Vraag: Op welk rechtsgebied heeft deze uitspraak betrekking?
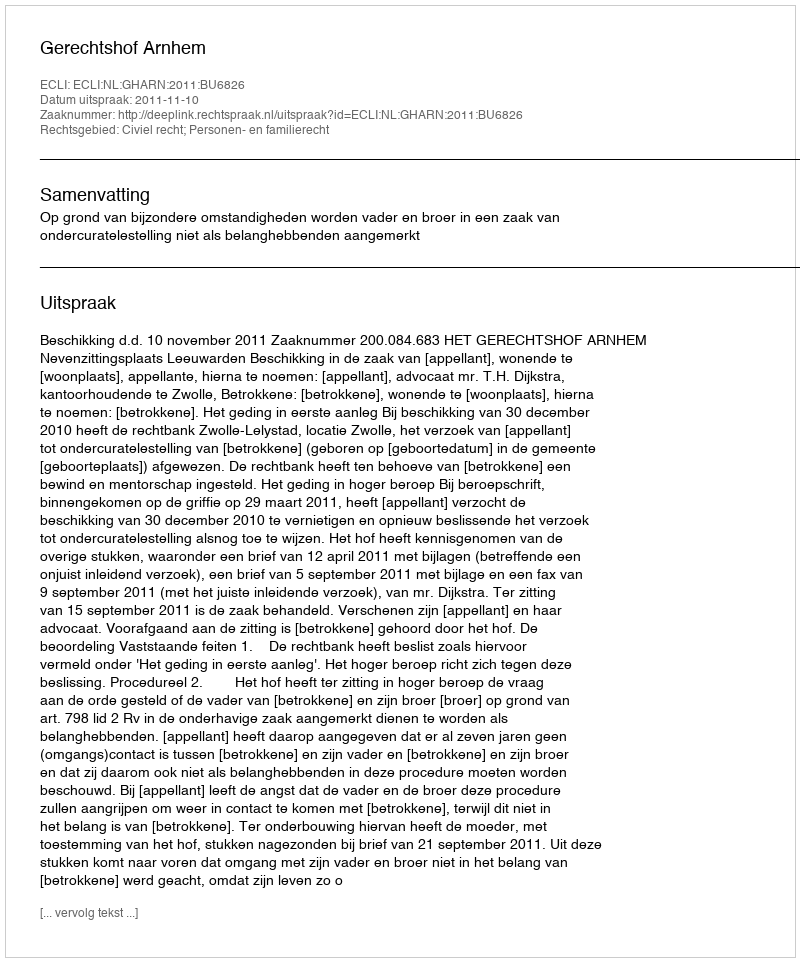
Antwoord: Civiel recht; Personen- en familierecht